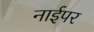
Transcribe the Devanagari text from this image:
नाईपर